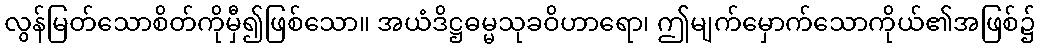
လွန်မြတ်သောစိတ်ကိုမှီ၍ဖြစ်သော။ အယံဒိဋ္ဌဓမ္မသုခဝိဟာရော၊ ဤမျက်မှောက်သောကိုယ်၏အဖြစ်၌